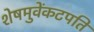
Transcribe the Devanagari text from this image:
शेषमुवेंकटपति